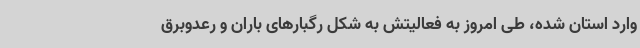
وارد استان شده، طی امروز به فعالیتش به شکل رگبارهای باران و رعدوبرق